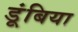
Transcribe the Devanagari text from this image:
डूंबिया